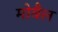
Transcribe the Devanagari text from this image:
मोबैल